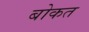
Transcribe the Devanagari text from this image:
बोकत